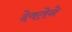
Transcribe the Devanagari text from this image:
देवतेने